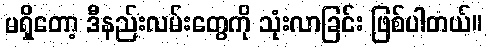
မရှိတော့ ဒီနည်းလမ်းတွေကို သုံးလာခြင်း ဖြစ်ပါတယ်။